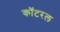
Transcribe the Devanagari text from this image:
कॉटरल